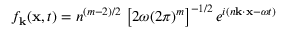
f _ { \bf k } ( { \bf x } , t ) = n ^ { ( m - 2 ) / 2 } \, \left[ 2 \omega ( 2 \pi ) ^ { m } \right] ^ { - 1 / 2 } e ^ { i ( n { \bf k } \cdot { \bf x } - \omega t ) }